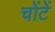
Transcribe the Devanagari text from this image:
चोंटें